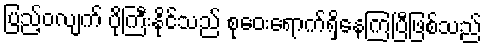
ပြည့်ဝလျက် ပိုကြီးနိုင်သည် စုဝေးရောက်ရှိနေကြပြီဖြစ်သည်